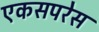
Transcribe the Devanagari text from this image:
एकसपरेस